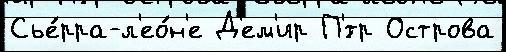
Сье́рра-л'ео́н'е Д'ем'ир П'́тр Острова